Civil Veterinary Dept. Bombay admin report 1907-1913 - 1907-1913
Year: 1907
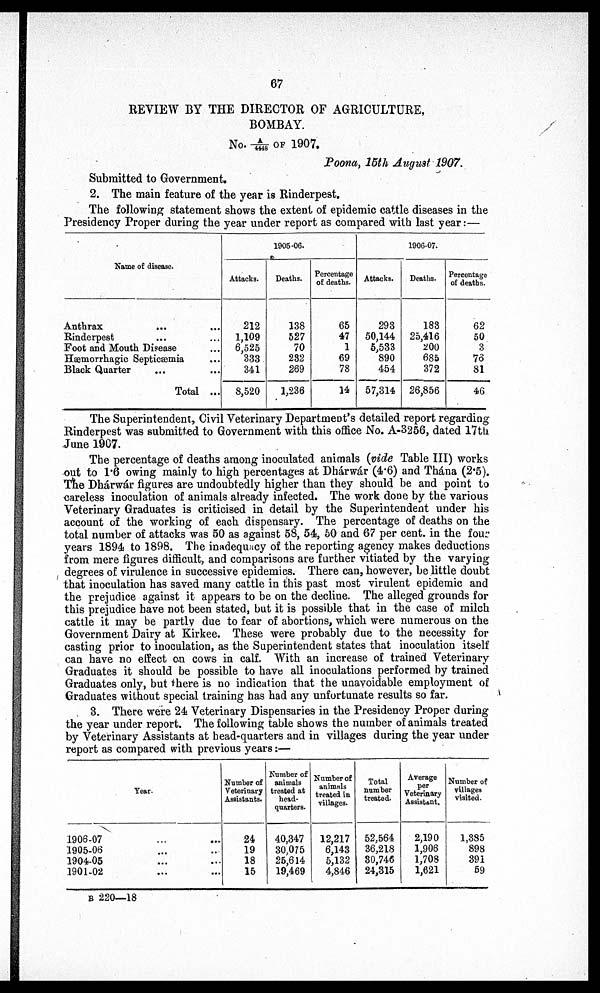
67
REVIEW BY THE DIRECTOR OF AGRICULTURE,
BOMBAY.
No. -A/4448 OF 1907.
Poona, 15th August 1907.
Submitted to Government.
2. The main feature of the year is Rinderpest.
The following statement shows the extent of epidemic cattle diseases in the
Presidency Proper during the year under report as compared with last year:—
Name of disease.
Anthrax
...
...
Rinderpest ... ...
Foot and Mouth Disease ...
Hæmorrhagic Septicæmia ...
Black Quarter
...
Total ...
1905-06.
Attacks.
212
1,109
6,525
333
341
8,520
Deaths.
138
527
70
232
269
1,236
Percentage
of deaths.
65
47
1
69
78
14
1906-07.
Attacks.
293
50,144
5,533
890
454
57,314
Deaths.
188
25,416
200
685
372
26,856
Percentage
of deaths.
62
50
3
76
81
46
The Superintendent, Civil Veterinary Department's detailed report regarding
Rinderpest was submitted to Government with this office No. A-3256, dated I7th
June 1907.
The percentage of deaths among inoculated animals (vide Table III) works
out to 1.6 owing mainly to high percentages at Dhárwár (4.6) and Thána (2.5).
The Dhárwár figures are undoubtedly higher than they should be and point to
careless inoculation of animals already infected. The work done by the various
Veterinary Graduates is criticised in detail by the Superintendent under his
account of the working of each dispensary. The percentage of deaths on the
total number of attacks was 50 as against 58, 54, 50 and 67 per cent. in the four
years 1894 to 1898. The inadequacy of the reporting agency makes deductions
from mere figures difficult, and comparisons are further vitiated by the varying
degrees of virulence in successive epidemics. There can, however, be little doubt
that inoculation has saved many cattle in this past most virulent epidemic and
the prejudice against it appears to be on the decline. The alleged grounds for
this prejudice have not been stated, but it is possible that in the case of milch
cattle it may be partly due to fear of abortions, which were numerous on the
Government Dairy at Kirkee. These were probably due to the necessity for
casting prior to inoculation, as the Superintendent states that inoculation itself
can have no effect on cows in calf. With an increase of trained Veterinary
Graduates it should be possible to have all inoculations performed by trained
Graduates only, but there is no indication that the unavoidable employment of
Graduates without special training has had any unfortunate results so far.
3. There were 24 Veterinary Dispensaries in the Presidency Proper during
the year under report. The following table shows the number of animals treated
by Veterinary Assistants at head-quarters and in villages during the year under
report as compared with previous years:—
Year.
1906-07
1905-06
1904-05
1901-02
Number of
Veterinary
Assistants.
24
19
18
15
Number of
animals
treated at
head-
quarters.
40,347
30,075
25,614
19,469
Number of
animals
treated in
villages.
12,217
6,143
5,132
4,846
Total
number
treated.
52,564
36,218
80,746
24,315
Average
per
Veterinary
Assistant.
2,190
1,906
1,708
1,621
Number of
villages
visited.
1,385
898
391
69
B 220—18